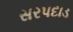
સરપદાડ